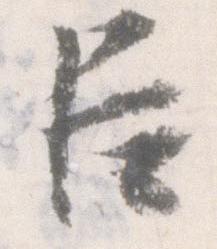
臣